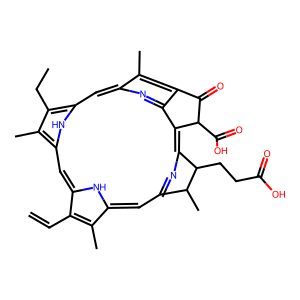
SMILES: C=Cc1c(C)c2cc3nc(c4c5nc(cc6[nH]c(cc1[nH]2)c(C)c6CC)c(C)c5C(=O)C4C(=O)O)C(CCC(=O)O)C3C
Inhibits HIV replication: No